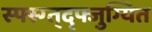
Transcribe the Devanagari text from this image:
स्फ्स्ग्त्द्फ्जुग्यित